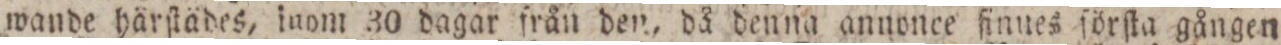
wande härſtädes, inom 30 dagar från den, då denna annonce finnes förſta gången